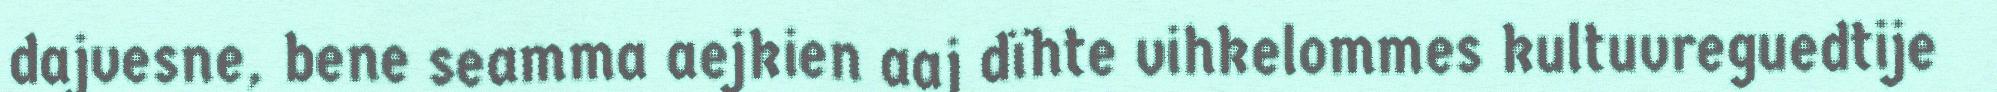
dajvesne, bene seamma aejkien aaj dïhte vihkelommes kultuvreguedtije